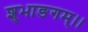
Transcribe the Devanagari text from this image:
शुभाङगम्।।